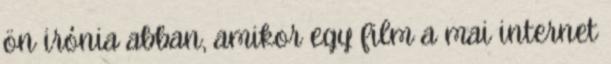
ön irónia abban, amikor egy film a mai internet